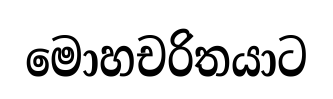
මොහචරිතයාට